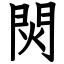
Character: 焛